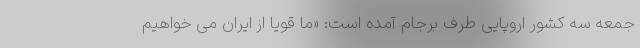
جمعه سه کشور اروپایی طرف برجام آمده است: «ما قویا از ایران می خواهیم